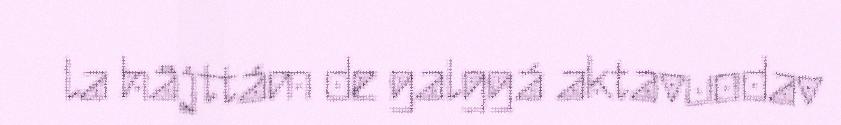
la häjttám de galggá aktavuodav